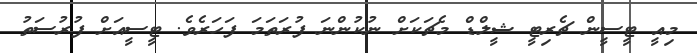
މިއީ ޓީސީން ޗެރިޓީ ޝީލްޑް މެޗަކަށް ނުކުންނަ ފުރަތަމަ ފަހަރެވެ. ޓީސީއަށް ފުރުސަތު